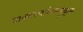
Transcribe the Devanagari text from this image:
वाक्यरचनेबरहूकूम